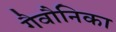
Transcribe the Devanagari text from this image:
गैवौनिका